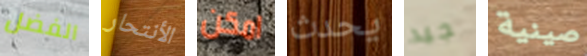
الفضل الأنتحار امكن يحدث جيد صينية